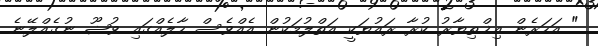
" އަހަރެން އިޚްތިޔާރު ކުރާ ރައުޔަކީ އަތްލުމަކުން އެއްވެސް ހާލެއްގައި ވުޟޫ ނުގެއްލޭނެ